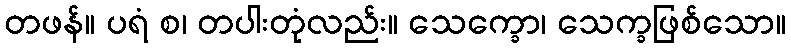
တဖန်။ ပရံ စ၊ တပါးတုံလည်း။ သေက္ခော၊ သေက္ခဖြစ်သော။